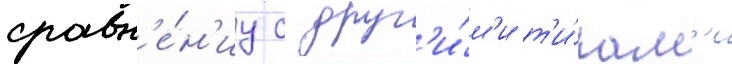
сравн'е́н'иу с друг'и́м'и т'и́пам'и